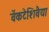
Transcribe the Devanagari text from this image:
वेंकटेशिवैया